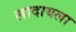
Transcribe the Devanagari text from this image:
लादायला